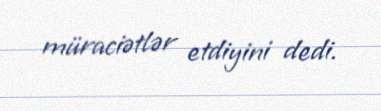
müraciətlər etdiyini dedi.